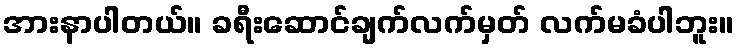
အားနာပါတယ်။ ခရီးဆောင်ချက်လက်မှတ် လက်မခံပါဘူး။